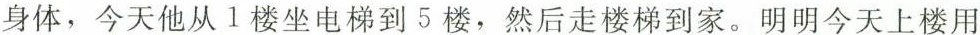
身体，今天他从1楼坐电梯到5楼，然后走楼梯到家。明明今天上楼用